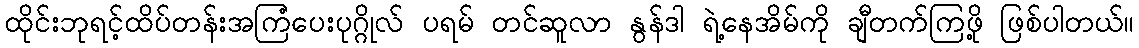
ထိုင်းဘုရင့်ထိပ်တန်းအကြံပေးပုဂ္ဂိုလ် ပရမ် တင်ဆူလာ နွန်ဒါ ရဲ့နေအိမ်ကို ချီတက်ကြဖို့ ဖြစ်ပါတယ်။